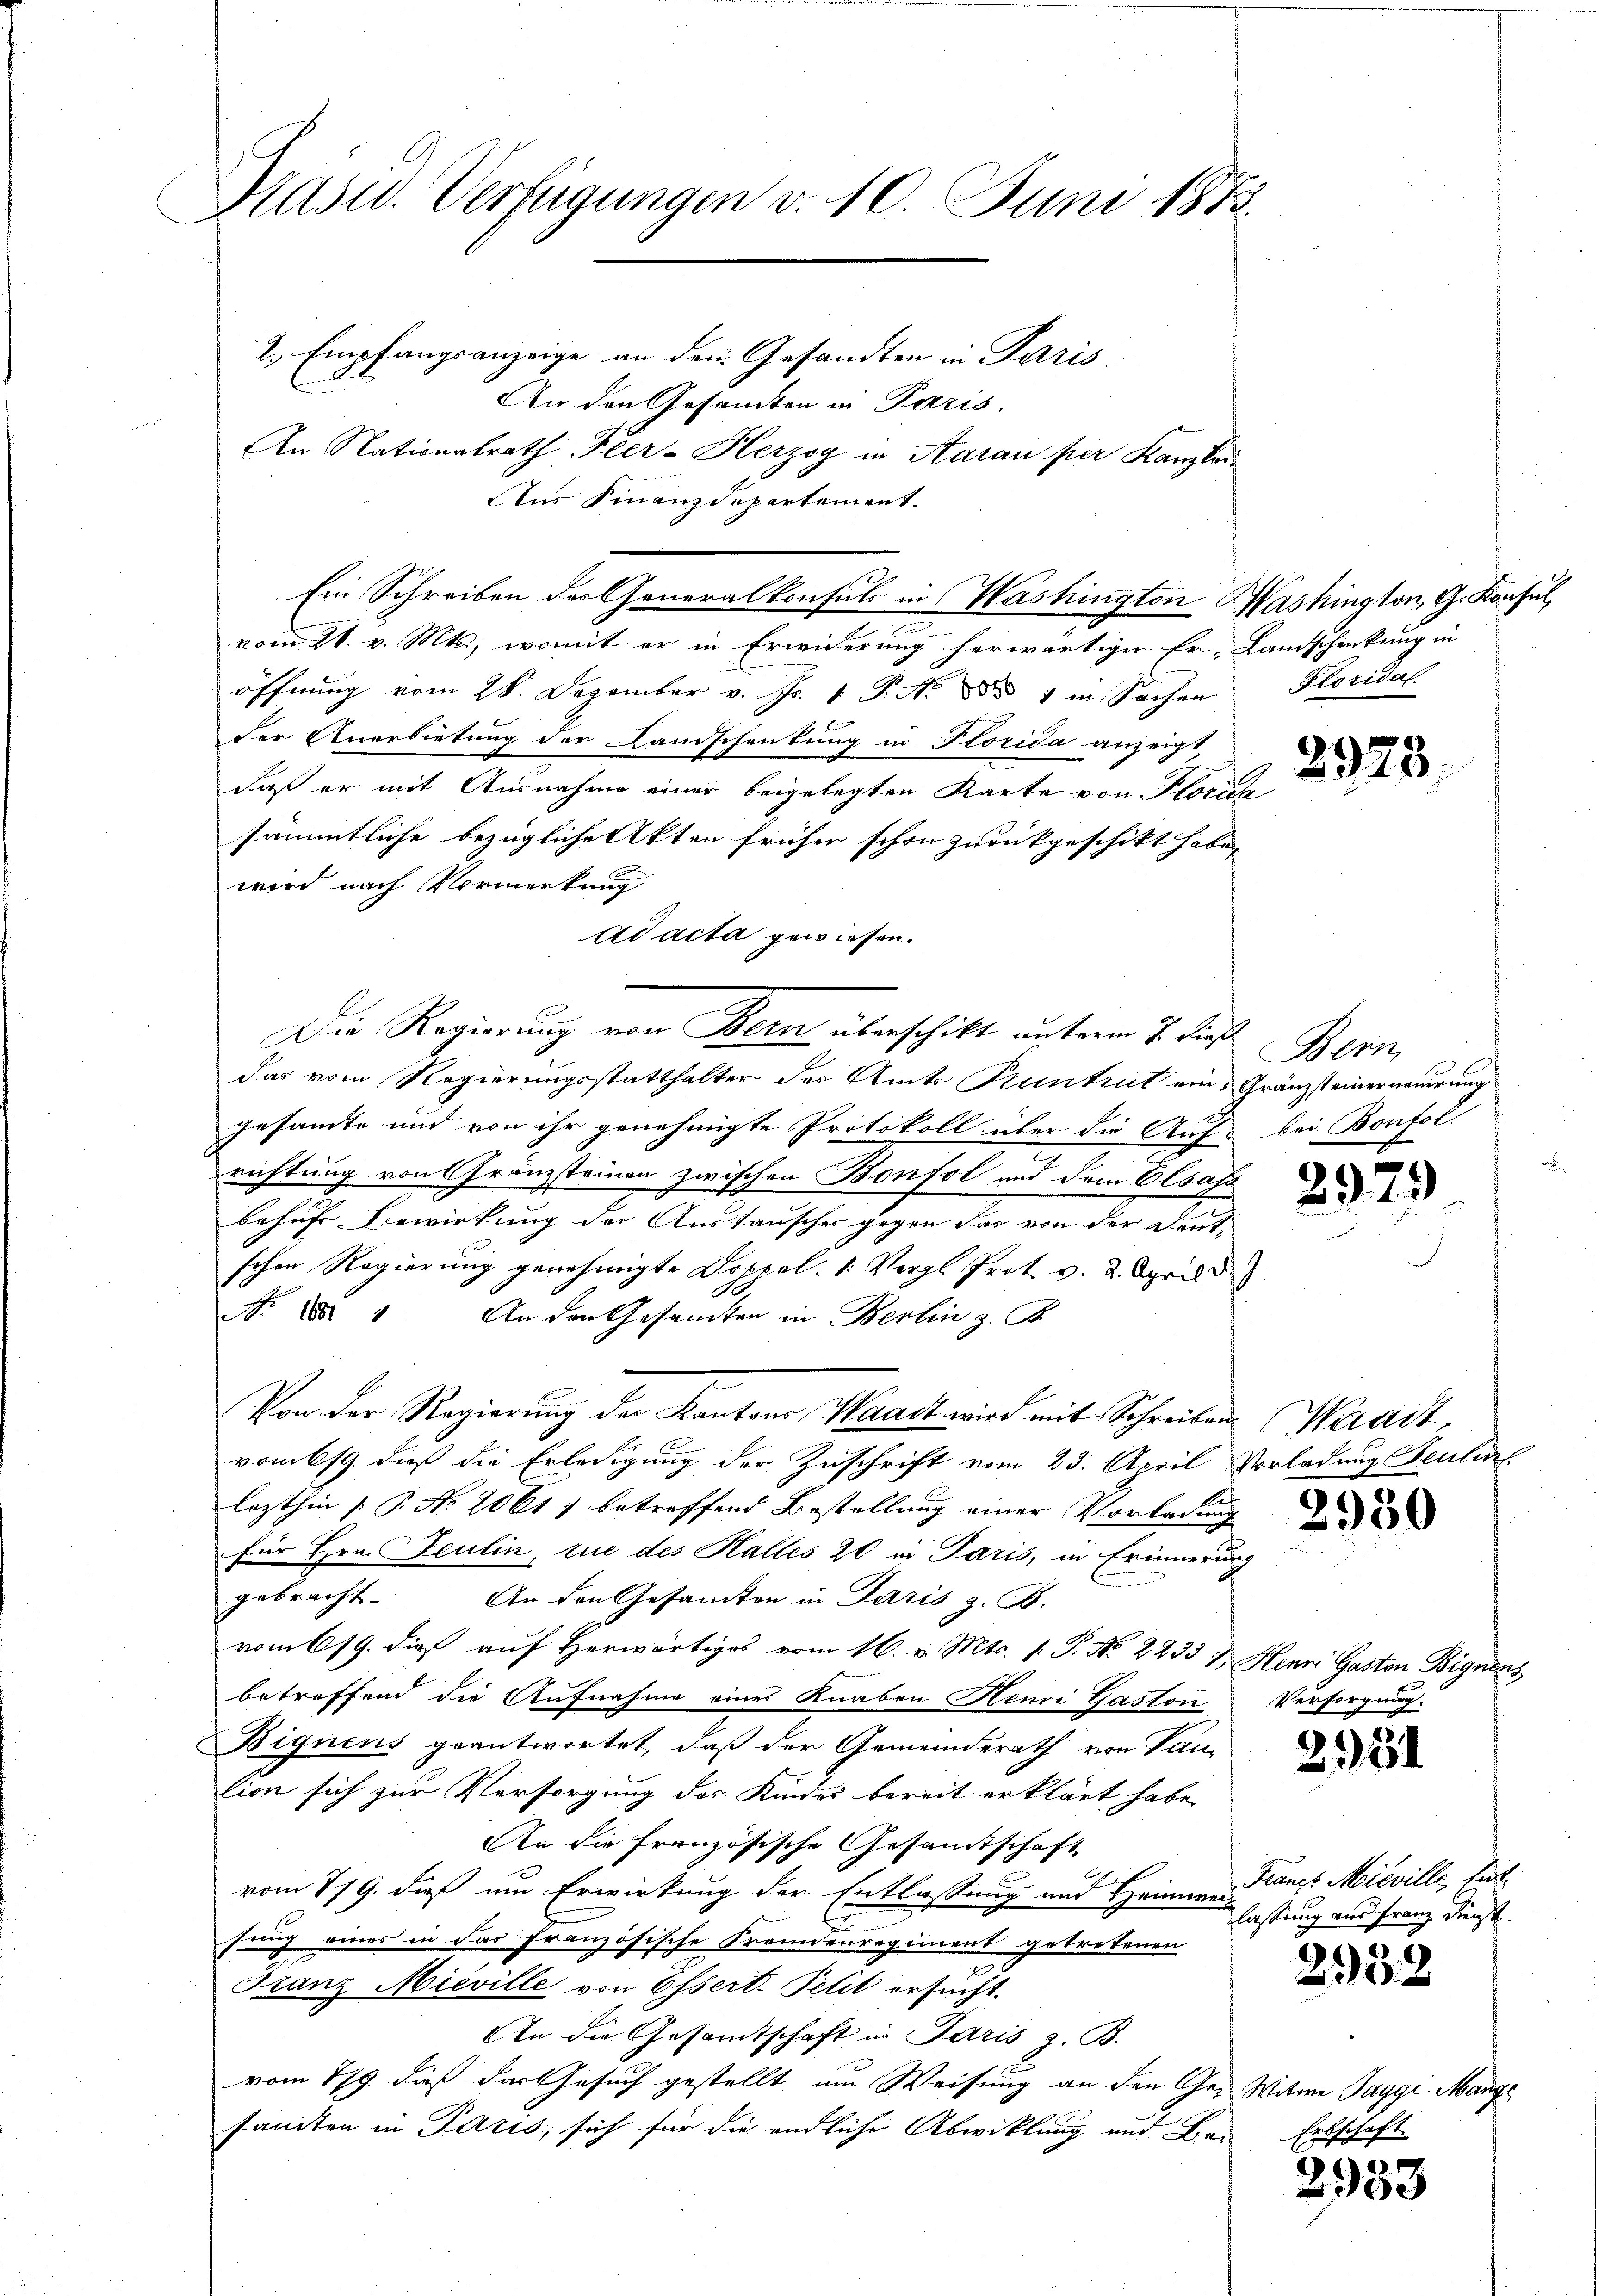
Prasw. Verfügungen v. 10. Juni 1873.
2. Empfangsanzeige an dem Gesandten in Paris.
An den Gesamten in Paris.
An Nationalrath Feer-Herzog in Aarau per Kanzlei

Aus Finanzdepartement.
öffnung vom 28. Dezember v. Js. 1 P. No 8834 in Sachen
der Anerbietung der Landschenkung in Florida anzeigt,
daß er mit Ausnahme einer beigelegten Karte von Florich
sämmtliche bezügliche Akten früher schon zurückgeschikt habe,
wird nach Vormerkung
Ad acta gewiesen.
Die Regierung von Kern überschikt unterm 7. dieß
Das vom Regierungsstatthalter des Amts Pruntrut ein Gränzsteinerneuerung
gesammte und von ihr genehmigte Protokoll über die Auf- bei Bonfol-
richtung von Franzsteinen zwischen Bonfol und dem Elsass
behufs Bewirkung der Austauscher gegen das von der Deut
schen Regierung genehmigte Doppel. 1: Vergl. Prot. v. 2. April
No. 1824 An der Gesamten in Berlin z. B.
Von der Regierung der Kantons Waadt wird mit Schreiben
vombsg. dieß die Erledigung der Zuschrift vom 23. April Vorladung Feuli
lezthin (: P. No 2061, betreffend Bestellung einer Vorladung
für Hrn. Feulin, tue des Halles 20 in Paris, in Erinnerung
gebracht. An den Gesamten in Paris z. B.
vom 619. dieß auf Herwärtiges vom 16. v. Mts. v. P. No 2233 & Henne Gaston Bignens
betreffend die Aufnahme eines Knaben Henri Gaston Versorgung.
Bignens geantwortet, daß der Gemeinderath von Pau
lion sich zur Versorgung des Kindes bereit erklärt habe,
An die Französische Gesamtschaft
vom 7/9. dieß um Erwirkung der Entlassung und Heime Francs Mieville, tut
fung eines in das Französische Fremdenregiment getretenen
Franz Mieville von Ossert. Petit ersucht.
An die Gesamtschaft in Paris z. B.
vom 19. dieß das Gesuch gestellt am Weisung an den Ge- Witwe Tagge-Mange
santen in Paris, sich für die endlicher Abwicklung und Bei

Ein Schreiben der Generalkonsuls in Washington Washington, G. Konsul
vom 21. v. Mts., womit er in Erwiderung herwärtiger Er-Landschenkung in

Kloridal.

292

2928

Bern,

)

Waadt

2950

2951

lassung und Franz Dienst

2932

Erbschaft

2953